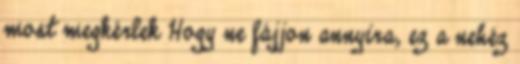
most megkérlek Hogy ne fájjon annyira, ez a nehéz